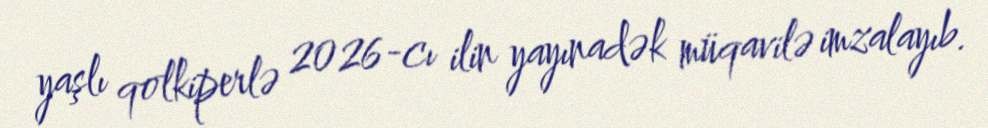
yaşlı qolkiperlə 2026-cı ilin yayınadək müqavilə imzalayıb.